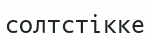
солтстікке